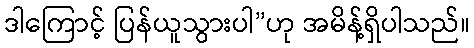
ဒါကြောင့် ပြန်ယူသွားပါ”ဟု အမိန့်ရှိပါသည်။